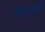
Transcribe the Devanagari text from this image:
एल्को